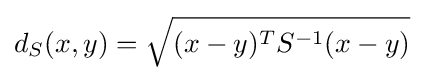
d_{S}(x,y)={\sqrt {(x-y)^{T}S^{-1}(x-y)}}